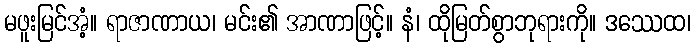
မဖူးမြင်အံ့။ ရာဇာဏာယ၊ မင်း၏ အာဏာဖြင့်။ နံ၊ ထိုမြတ်စွာဘုရားကို။ ဒဿေထ၊